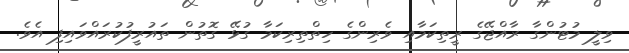
ވިލީ މުޓުންގާ ރާއްޖޭގެ ރީތިކަމާއި ވެރިންގެ ހިތްތިރިކަމާ ގުޅޭ ގޮތުން ތައުރީފުކުރައްވައިފި އެވެ.